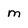
Character: m